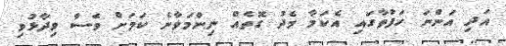
އަދި އަންނަ ހަފުތާގައި އެކަމާ މެދު ގޮތެއް ނިންމަވާނެ ކަމަށް ވެސް ވިދާޅުވި